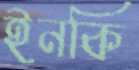
ইনকি